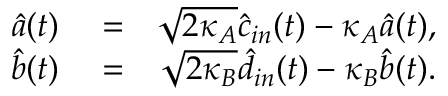
\begin{array} { r l r } { \hat { a } ( t ) } & { { } = } & { \sqrt { 2 \kappa _ { A } } \hat { c } _ { i n } ( t ) - \kappa _ { A } \hat { a } ( t ) , } \\ { \hat { b } ( t ) } & { { } = } & { \sqrt { 2 \kappa _ { B } } \hat { d } _ { i n } ( t ) - \kappa _ { B } \hat { b } ( t ) . } \end{array}